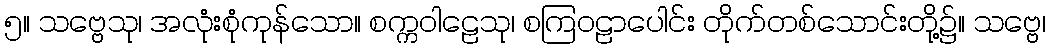
၅။ သဗ္ဗေသု၊ အလုံးစုံကုန်သော။ စက္ကဝါဠေသု၊ စကြဝဠာပေါင်း တိုက်တစ်သောင်းတို့၌။ သဗ္ဗေ၊